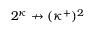
2 ^ { \kappa } \not \rightarrow ( \kappa ^ { + } ) ^ { 2 }